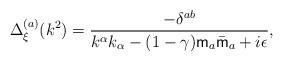
LaTeX: \begin{align*}\Delta_{\xi}^{(a)}(k^2) =\frac{-\delta^{ab}}{k^{\alpha}k_{\alpha}-(1-\gamma){\sf m}_a\bar{\sf m}_a +i\epsilon},\end{align*}